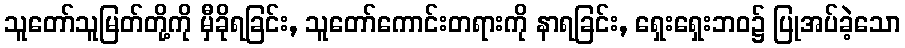
သူတော်သူမြတ်တို့ကို မှီခိုရခြင်း, သူတော်ကောင်းတရားကို နာရခြင်း, ရှေးရှေးဘဝ၌ ပြုအပ်ခဲ့သော